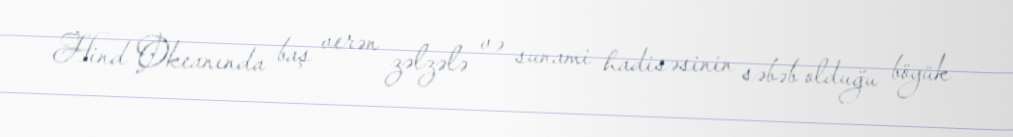
Hind Okeanında baş verən zəlzələ və sunami hadisəsinin səbəb olduğu böyük